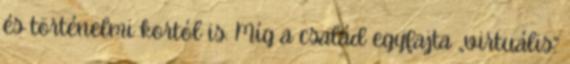
és történelmi kortól is. Míg a család egyfajta „virtuális”